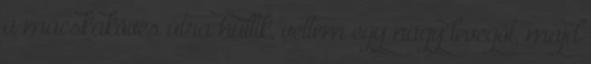
a macskaköves útra hullik, vettem egy nagy levegőt, majd